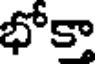
భోకా